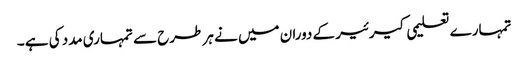
تمہارے تعلیمی کیرئیر کے دوران میں نے ہر طرح سے تمہاری مدد کی ہے ۔